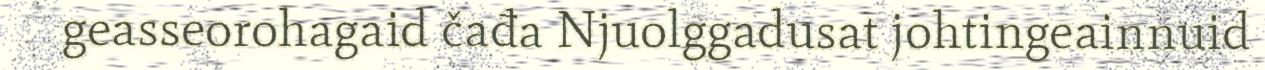
geasseorohagaid čađa Njuolggadusat johtingeainnuid